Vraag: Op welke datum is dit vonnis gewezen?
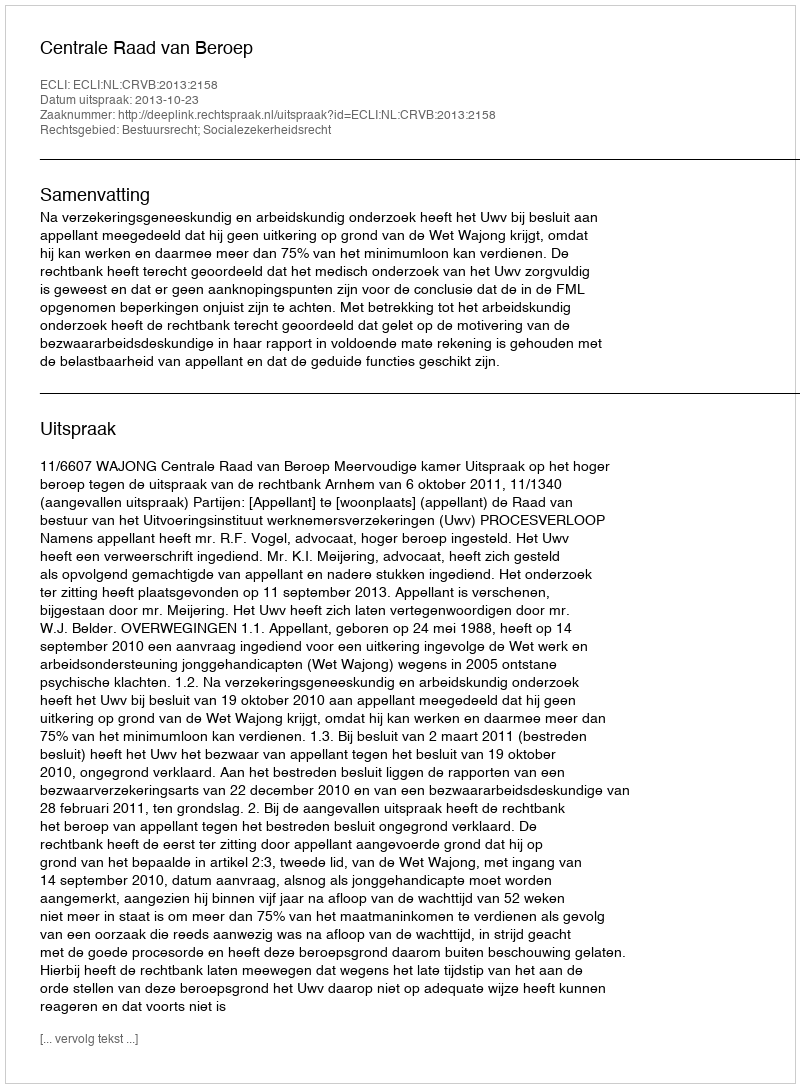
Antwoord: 2013-10-23